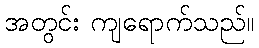
အတွင်း ကျရောက်သည်။